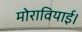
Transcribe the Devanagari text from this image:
मोरावियाई।